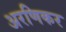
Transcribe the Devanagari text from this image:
अरणिकर